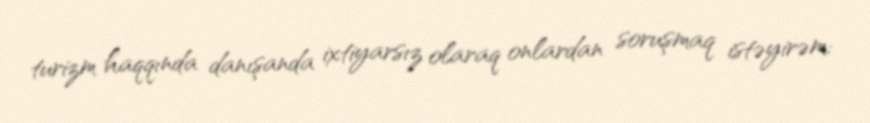
turizm haqqında danışanda ixtiyarsız olaraq onlardan soruşmaq istəyirəm: